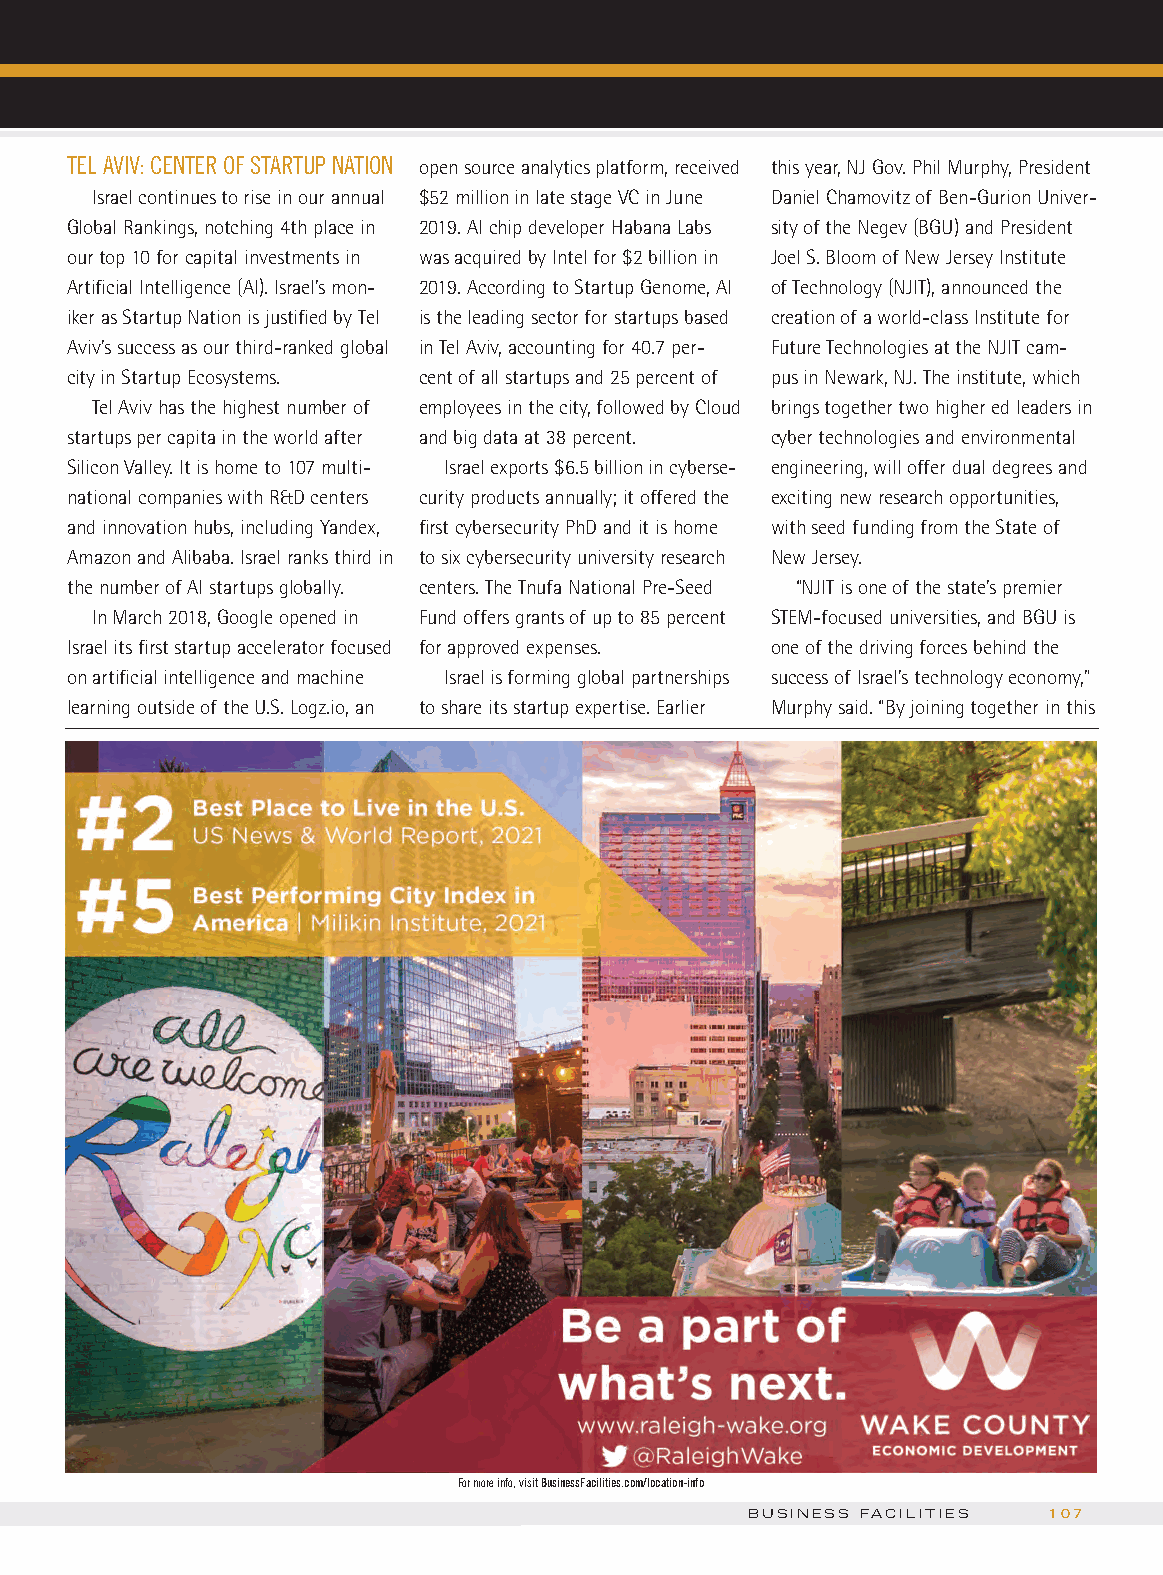
TEL AVIV: CENTER OF STARTUP NATION open source analytics platform, received this year, NJ Gov. Phil Murphy, President
 Israel continues to rise in our annual $52 million in late stage VC in June Daniel Chamovitz of Ben-Gurion Univer-
 Global Rankings, notching 4th place in 2019. AI chip developer Habana Labs sity of the Negev (BGU) and President
 our top 10 for capital investments in was acquired by Intel for $2 billion in Joel S. Bloom of New Jersey Institute
 Artificial Intelligence (AI). Israel’s mon- 2019. According to Startup Genome, AI of Technology (NJIT), announced the
 iker as Startup Nation is justified by Tel is the leading sector for startups based creation of a world-class Institute for
 Aviv’s success as our third-ranked global in Tel Aviv, accounting for 40.7 per- Future Technologies at the NJIT cam-
 city in Startup Ecosystems. cent of all startups and 25 percent of pus in Newark, NJ. The institute, which
 Tel Aviv has the highest number of employees in the city, followed by Cloud brings together two higher ed leaders in
 startups per capita in the world after and big data at 38 percent. cyber technologies and environmental
 Silicon Valley. It is home to 107 multi- Israel exports $6.5 billion in cyberse- engineering, will offer dual degrees and
 national companies with R&D centers curity products annually; it offered the exciting new research opportunities,
 and innovation hubs, including Yandex, first cybersecurity PhD and it is home with seed funding from the State of
 Amazon and Alibaba. Israel ranks third in to six cybersecurity university research New Jersey.
 the number of AI startups globally. centers. The Tnufa National Pre-Seed “NJIT is one of the state’s premier
 In March 2018, Google opened in Fund offers grants of up to 85 percent STEM-focused universities, and BGU is
 Israel its first startup accelerator focused for approved expenses. one of the driving forces behind the
 on artificial intelligence and machine Israel is forming global partnerships success of Israel’s technology economy,”
 learning outside of the U.S. Logz.io, an to share its startup expertise. Earlier Murphy said. “By joining together in this
 For more info, visit BusinessFacilities.com/location-info
 BUSINESS FACILITIES 107